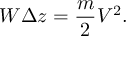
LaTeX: W \Delta z = { \frac { m } { 2 } } V ^ { 2 } .